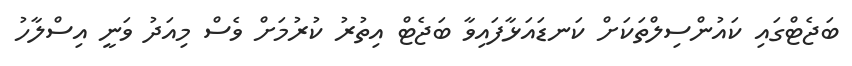
ބަޖެޓްގައި ކައުންސިލްތަކަށް ކަނޑައަޅާފައިވާ ބަޖެޓް އިތުރު ކުރުމަށް ވެސް މިއަދު ވަނީ އިސްލާހު